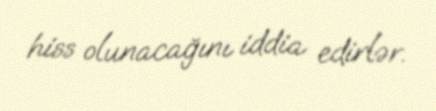
hiss olunacağını iddia edirlər.